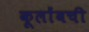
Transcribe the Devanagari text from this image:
कूलोंबची